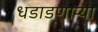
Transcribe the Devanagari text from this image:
धडाडणाऱ्या